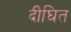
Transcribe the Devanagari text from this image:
दीघित